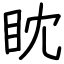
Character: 眈